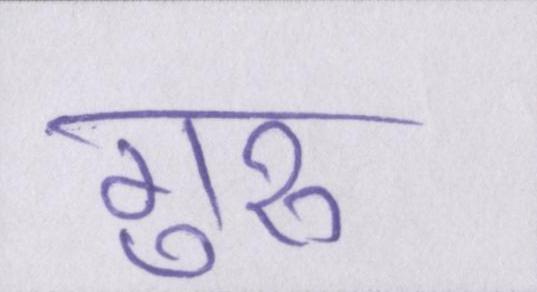
गुरुॱ